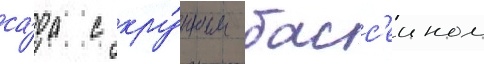
са́да с кру́пным басс'еином